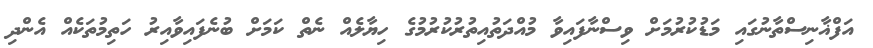
އަފްޣާނިސްތާނުގައި މަޑުކުރުމަށް ވިސްނާފައިވާ މުއްދަތުއިތުރުކުރުމުގެ ހިޔާލެއް ނެތް ކަމަށް ބުނެފައިވާއިރު ހަތިމުތަކެއް އެންދި